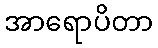
အာရောပိတာ